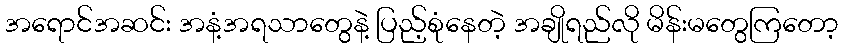
အရောင်အဆင်း အနံ့အရသာတွေနဲ့ ပြည့်စုံနေတဲ့ အချိုရည်လို မိန်းမတွေကြတော့